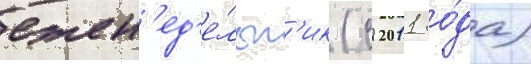
ежен'ед'е́льн'ик (с 2011 го́да)